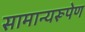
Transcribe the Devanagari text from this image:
सामान्यरूपेण